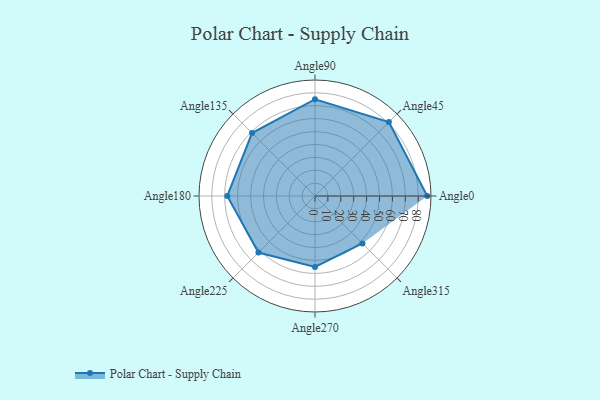
{"axis": {"x": "Angle", "y": "Radius"}, "legend": [""], "data": [{"x": "Angle0", "y": 87.0, "type": ""}, {"x": "Angle45", "y": 81.0, "type": ""}, {"x": "Angle90", "y": 75.0, "type": ""}, {"x": "Angle135", "y": 69.0, "type": ""}, {"x": "Angle180", "y": 68.0, "type": ""}, {"x": "Angle225", "y": 62.0, "type": ""}, {"x": "Angle270", "y": 55.0, "type": ""}, {"x": "Angle315", "y": 52.0, "type": ""}]}